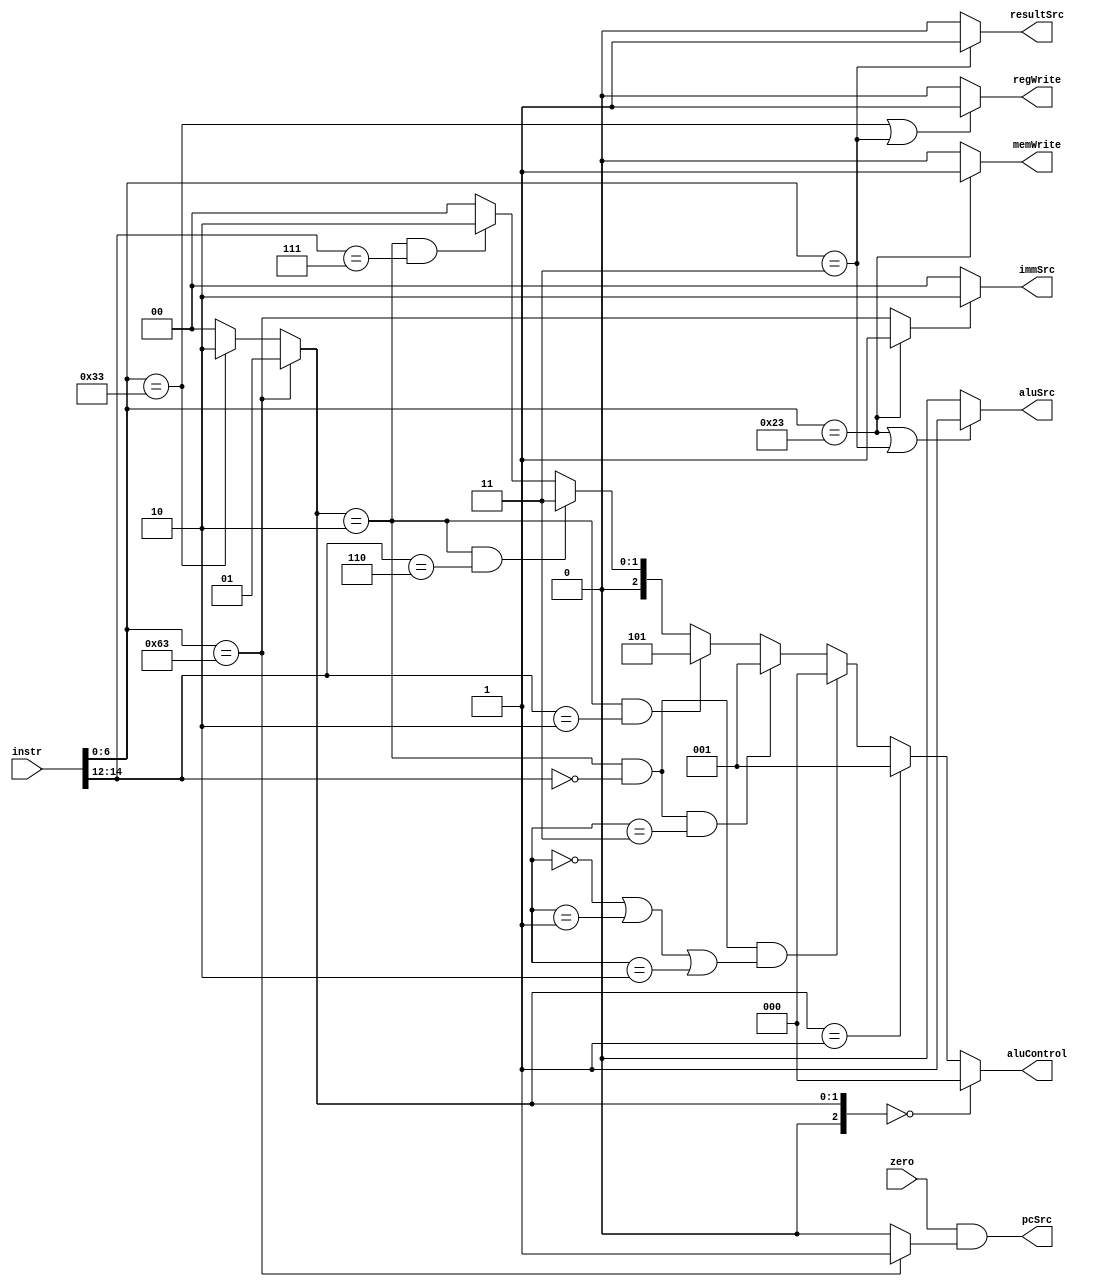
`timescale 1ns / 1ps

module controlUnit(
    input zero,
    input [31:0] instr,
    output regWrite, //write enable signal for register file
    output memWrite, //write ensble signal for data memory
    output resultSrc, //muxed signal from data memeory
    output aluSrc,   //control signal to select b/w immediate value & read2 signal from reg file
    output pcSrc,
    output [1:0] immSrc, 
    output [2:0] aluControl
    );
    
    wire [2:0] func3;
    wire [6:0] func7; //for R type instruction
    wire [6:0] op;    
    wire [2:0] aluOp;
    wire branch;
    wire [2:0] opFunc7;
    
    assign op_func7 = {op[5],func7[5]};
    assign op = instr[6:0];
    assign func7 = instr[31:25];
    assign func3 = instr[14:12];
    
    assign regWrite = (op == 7'b0110011 || op == 7'b0000011) ? 1 : 0;
    assign memWrite = (op == 7'b0100011) ? 1 : 0;
    assign resultSrc = (op == 7'b0000011) ? 1 : 0;
    assign aluSrc = (op == 7'b0100011 || op == 7'b0000011) ? 1 : 0; 
    assign branch = (op == 7'b1100011) ? 1 : 0;
    assign immSrc = (op == 7'b0100011 ? 2'b01 : op == 7'b1100011) ? 2'b10 : 2'b00;
    assign pcSrc = zero & branch;
    
    assign aluOp = (op == 7'b1100011) ? 2'b01 : (op == 7'b0110011) ? 2'b10 : 2'b00;
    
    assign aluControl = (aluOp == 2'b00) ? 3'b000 : 
                        (aluOp == 2'b01) ? 3'b001 :
                        (aluOp == 2'b10 && func3 == 3'b000 && (opFunc7 == 2'b00 || opFunc7 == 2'b01 || opFunc7 == 2'b10)) ? 3'b000 :
                        (aluOp == 2'b10 && func3 == 3'b000 && opFunc7 == 2'b11) ? 3'b001 :
                        (aluOp == 2'b10 && func3 == 3'b010) ? 3'b101 :
                        (aluOp == 2'b10 && func3 == 3'b110) ? 3'b011 :
                        (aluOp == 2'b10 && func3 == 3'b111) ? 3'b010 : 3'b000;
                         
endmodule